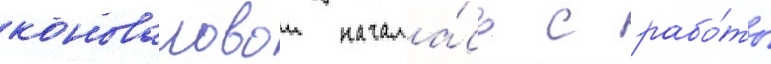
коноваловои начала́сь с рабо́ты